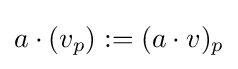
a\cdot (v_{p}):=(a\cdot v)_{p}